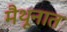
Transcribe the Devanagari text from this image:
मैथूनात